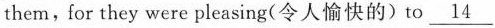
them, for they were pleasing (令人愉快的) to \underline{14}